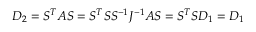
D _ { 2 } = S ^ { T } A S = S ^ { T } S S ^ { - 1 } J ^ { - 1 } A S = S ^ { T } S D _ { 1 } = D _ { 1 }